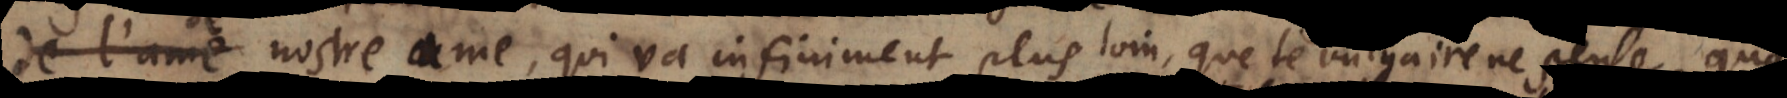
de nostre ame, qui va infiniment plus loin que le vulgaire ne pense,